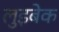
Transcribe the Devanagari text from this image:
लुइबेक